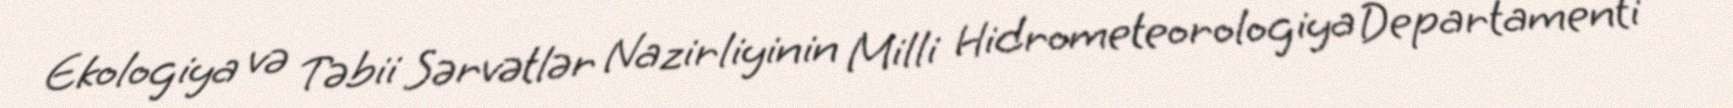
Ekologiya və Təbii Sərvətlər Nazirliyinin Milli Hidrometeorologiya Departamenti